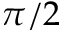
\pi / 2